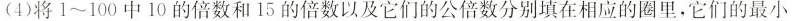
(4)将1~100中10的倍数和15的倍数以及它们的公倍数分别填在相应的圈里，它们的最小